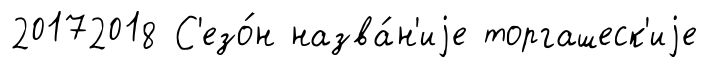
20172018 С'езо́н назва́н'иjе торгашеск'иjе